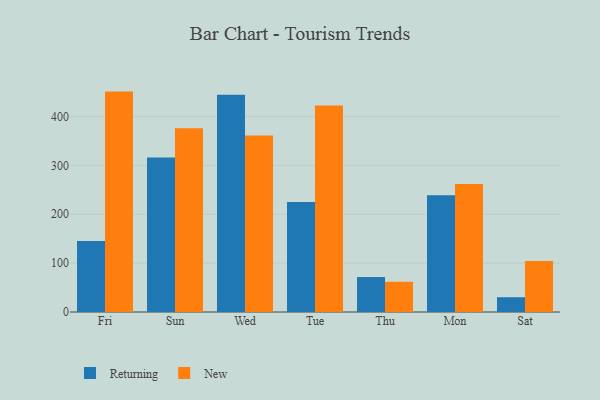
{"axis": {"x": "Day", "y": "Humidity (%)"}, "legend": ["New", "Returning"], "data": [{"x": "Fri", "y": 145.5, "type": "Returning"}, {"x": "Fri", "y": 451.0, "type": "New"}, {"x": "Sun", "y": 316.0, "type": "Returning"}, {"x": "Sun", "y": 376.2, "type": "New"}, {"x": "Wed", "y": 444.8, "type": "Returning"}, {"x": "Wed", "y": 361.4, "type": "New"}, {"x": "Tue", "y": 225.1, "type": "Returning"}, {"x": "Tue", "y": 422.7, "type": "New"}, {"x": "Thu", "y": 71.5, "type": "Returning"}, {"x": "Thu", "y": 61.9, "type": "New"}, {"x": "Mon", "y": 238.7, "type": "Returning"}, {"x": "Mon", "y": 262.1, "type": "New"}, {"x": "Sat", "y": 30.2, "type": "Returning"}, {"x": "Sat", "y": 104.2, "type": "New"}]}